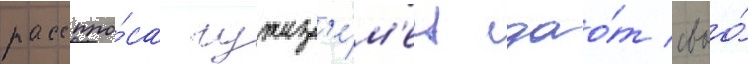
расспро́са чужез'е́м'ец дао́т своо́